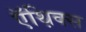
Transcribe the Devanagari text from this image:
ऍथ़िक्स